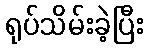
ရုပ်သိမ်းခဲ့ပြီး